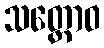
သတ္တောဝ